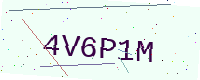
Text: 4V6P1M